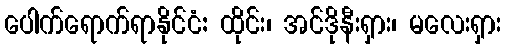
ပေါက်ရောက်ရာနိုင်ငံ: ထိုင်း၊ အင်ဒိုနီးရှား၊ မလေးရှား